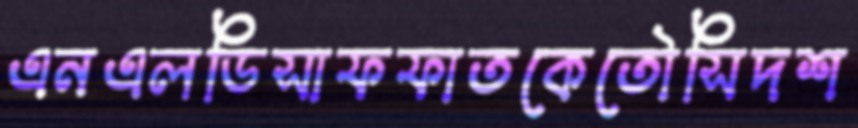
এনএলডিসাফফাতকেতৌসিদশ